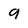
Character: 9